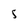
Character: 5